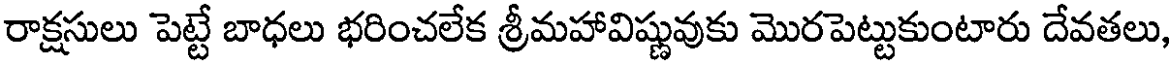
రాక్షసులు పెట్టే బాధలు భరించలేక శ్రీమహావిష్ణువుకు మొరపెట్టుకుంటారు దేవతలు,